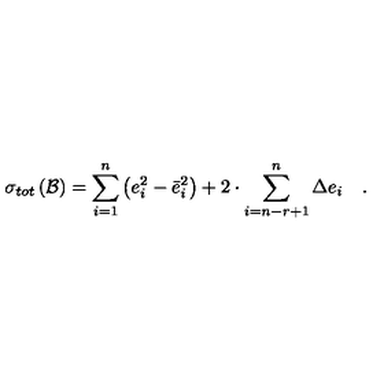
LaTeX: \sigma _ { t o t } \left( { \cal B } \right) = \sum _ { i = 1 } ^ { n } \left( e _ { i } ^ { 2 } - \bar { e } _ { i } ^ { 2 } \right) + 2 \cdot \sum _ { i = n - r + 1 } ^ { n } \Delta e _ { i } \quad .